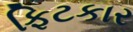
ફિટકાર